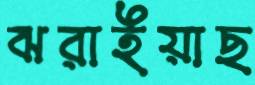
ঝরাইয়াছ